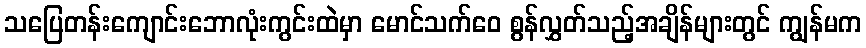
သပြေတန်းကျောင်းဘောလုံးကွင်းထဲမှာ မောင်သက်ဝေ စွန်လွှတ်သည့်အချိန်များတွင် ကျွန်မက